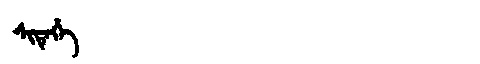
Manchu: ᠰᡳᡨᡝᡥᡝ
Romanization: SITEHE